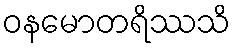
ဝနမောတရိဿသိ